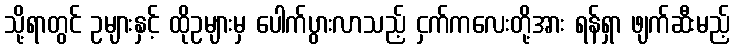
သို့ရာတွင် ဥများနှင့် ထိုဥများမှ ပေါက်ပွားလာသည့် ငှက်ကလေးတို့အား ရန်ရှာ ဖျက်ဆီးမည့်